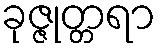
ခုဇ္ဇုတ္တရာ